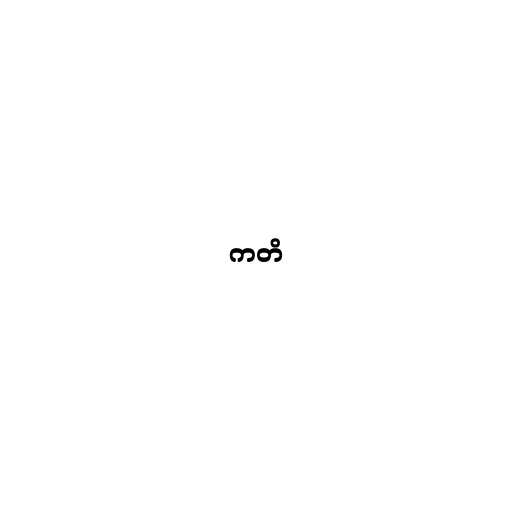
ကတိ